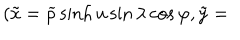
( \tilde { x } = \widetilde { \rho } \sinh u \sin \lambda \cos \varphi , \tilde { y } =